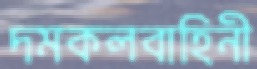
দমকলবাহিনী